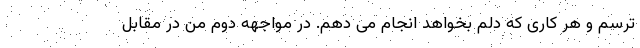
ترسم و هر کاری که دلم بخواهد انجام می دهم. در مواجهه دوم من در مقابل